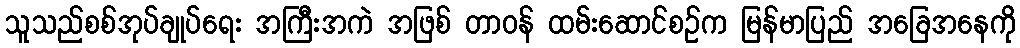
သူသည်စစ်အုပ်ချုပ်ရေး အကြီးအကဲ အဖြစ် တာဝန် ထမ်းဆောင်စဉ်က မြန်မာပြည် အခြေအနေကို